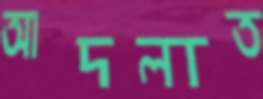
আদলাত